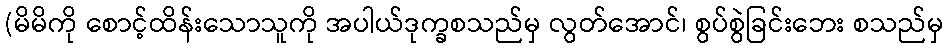
(မိမိကို စောင့်ထိန်းသောသူကို အပါယ်ဒုက္ခစသည်မှ လွတ်အောင်၊ စွပ်စွဲခြင်းဘေး စသည်မှ